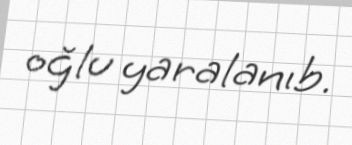
oğlu yaralanıb.